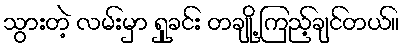
သွားတဲ့ လမ်းမှာ ရှုခင်း တချို့ ကြည့်ချင်တယ်။